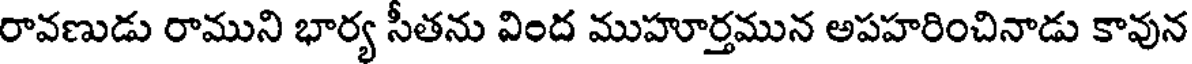
రావణుడు రాముని భార్య సీతను వింద ముహూర్తమున అపహరించినాడు కావున